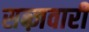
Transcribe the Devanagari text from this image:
सब्ज़वारी